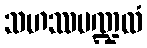
သဟဿမဏ္ဍလံ